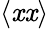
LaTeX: \langle\mathit{x}\mathit{x}\rangle